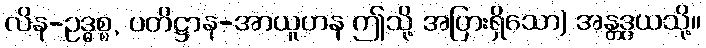
လိန-ဥဒ္ဓစ္စ, ပတိဋ္ဌာန-အာယူဟန ဤသို့ အပြားရှိသော) အန္တဒွယသို့။